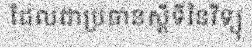
ដែលជាប្រធានស្តីទីនៃវិទ្យុ